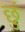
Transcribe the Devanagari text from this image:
छुं